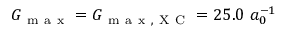
G _ { \mathrm { ~ m ~ a ~ x ~ } } = G _ { \mathrm { ~ m ~ a ~ x ~ , ~ X ~ C ~ } } = 2 5 . 0 ~ a _ { 0 } ^ { - 1 }